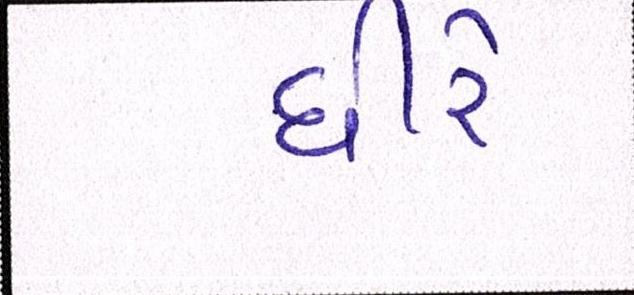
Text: ધીરે